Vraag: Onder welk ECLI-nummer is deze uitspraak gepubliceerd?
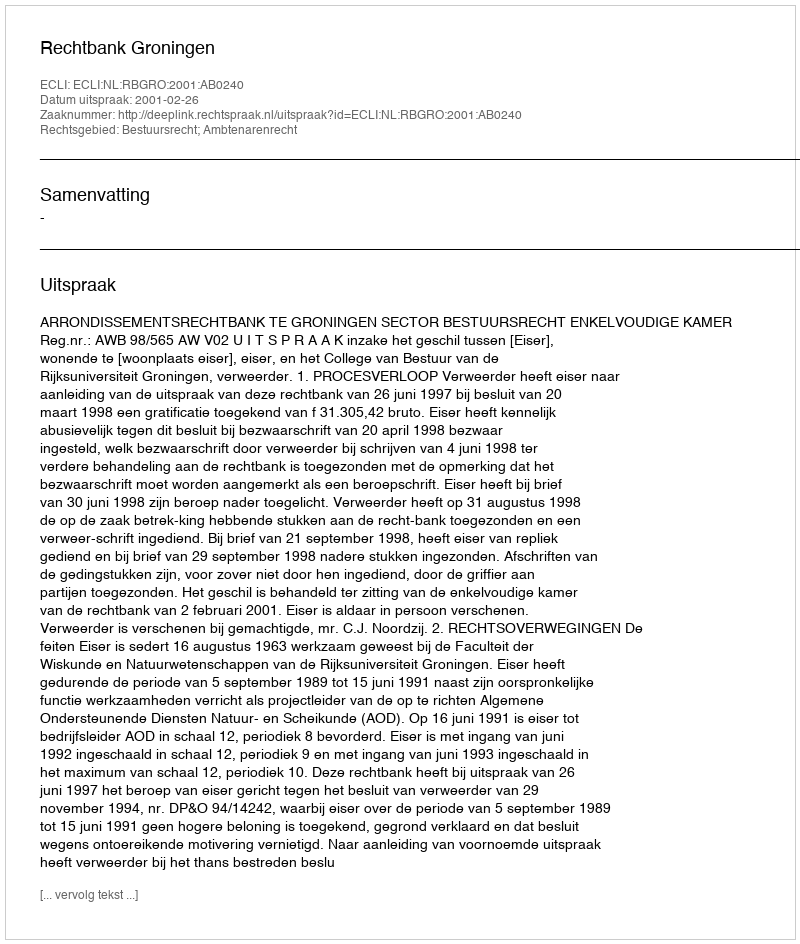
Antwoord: ECLI:NL:RBGRO:2001:AB0240